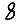
Digit: 8